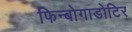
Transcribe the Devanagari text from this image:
फिन्बोगाडोटिर